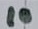
Text: 10